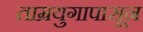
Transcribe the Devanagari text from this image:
ताम्रयुगापासून